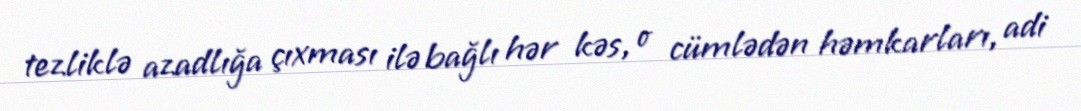
tezliklə azadlığa çıxması ilə bağlı hər kəs, o cümlədən həmkarları, adi